Indian journal of veterinary science and animal husbandry - Volume 9,
Year: 1939
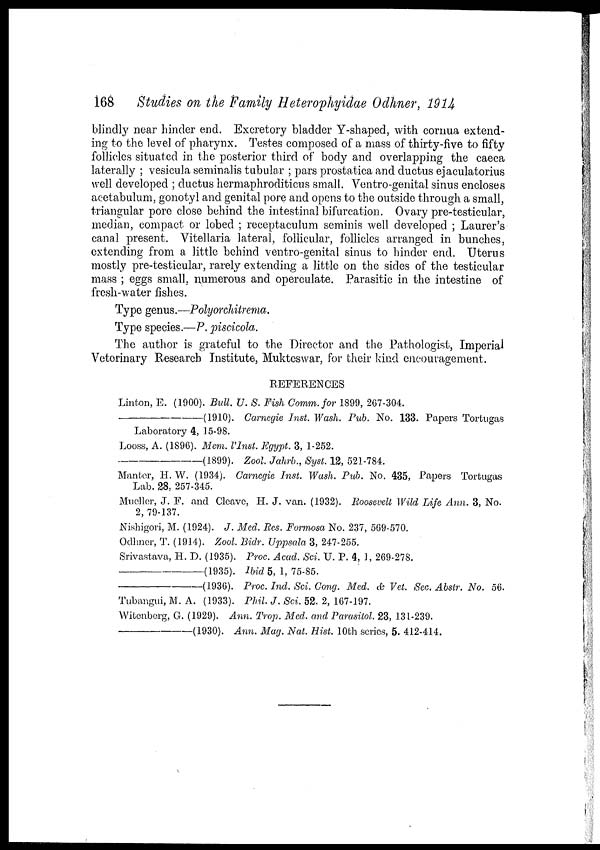
168 Studies on the Family Heterophyidae Odhner, 1914
blindly near hinder end. Excretory bladder Y-shaped, with cornua extend-
ing to the level of pharynx. Testes composed of a mass of thirty-five to fifty
follicles situated in the posterior third of body and overlapping the caeca
laterally ; vesicula seminalis tubular ; pars prostatica and ductus ejaculatorius
well developed ; ductus hermaphroditicus small. Ventro-genital sinus encloses
acetabulum, gonotyl and genital pore and opens to the outside through a small,
triangular pore close behind the intestinal bifurcation. Ovary pre-testicular,
median, compact or lobed ; receptaculum seminis well developed ; Laurer's
canal present. Vitellaria lateral, follicular, follicles arranged in bunches,
extending from a little behind ventro-genital sinus to hinder end. Uterus
mostly pre-testicular, rarely extending a little on the sides of the testicular
mass ; eggs small, numerous and operculate. Parasitic in the intestine of
fresh-water fishes.
Type genus.—Polyorchitrema.
Type species.—P. piscicola.
The author is grateful to the Director and the Pathologist, Imperial
Veterinary Research Institute, Mukteswar, for their kind encouragement.
REFERENCES
Linton, E. (1900). Bull. U. S. Fish Comm. for 1899, 267-304.
——————(1910).
Carnegie Inst. Wash. Pub. No. 133. Papers Tortugas
Laboratory 4, 15-98.
Looss, A. (1896). Mem. l'Inst. Egypt. 3, 1-252.
——————(1899).
Zool. Jahrb., Syst. 12, 521-784.
Manter, H. W. (1934). Carnegie Inst. Wash. Pub. No. 435, Papers Tortugas
Lab. 28, 257-345.
Mueller, J. F. and Cleave, H. J. van. (1932). Roosevelt Wild Life Ann. 3, No.
2, 79-137.
Nishigori, M. (1924). J. Med. Res. Formosa No. 237, 569-570.
Odhner, T. (1914). Zool. Bidr. Uppsala 3, 247-255.
Srivastava, H. D. (1935). Proc. Acad. Sci. U. P. 4, 1, 269-278.
——————(1935).
Ibid 5, 1, 75-85.
——————(1936).
Proc. Ind. Sci. Cong. Med. & Vet. Sec. Abstr. No. 56.
Tubangui, M. A. (1933). Phil. J. Sci. 52. 2, 167-197.
Witenberg, G. (1929). Ann. Trop. Med. and Parasitol. 23, 131-239.
——————(1930).
Ann. Mag. Nat. Hist. 10th series, 5. 412-414.